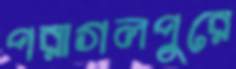
পরাগলপুরে